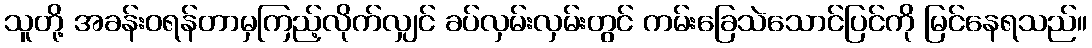
သူတို့ အခန်းဝရန်တာမှကြည့်လိုက်လျှင် ခပ်လှမ်းလှမ်းတွင် ကမ်းခြေသဲသောင်ပြင်ကို မြင်နေရသည်။